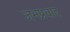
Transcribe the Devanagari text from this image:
जनप्रवाद